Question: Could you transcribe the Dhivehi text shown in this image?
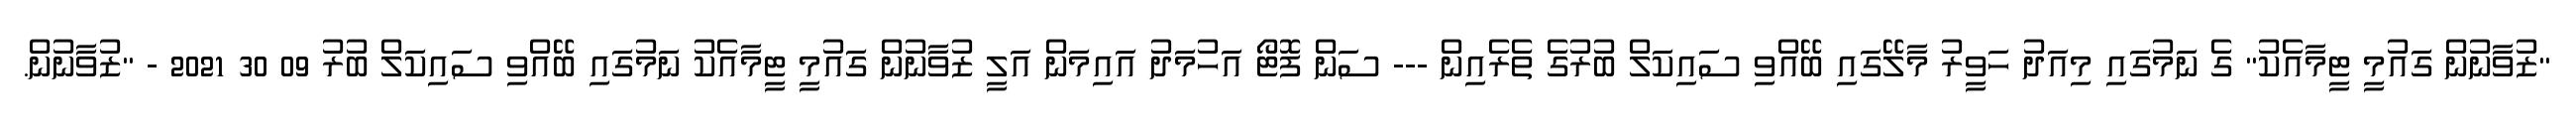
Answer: "ޒުވާނުން ގައުމީ ޓީމާއެކު" ގެ ނަމުގައި މިއަދު ހަވީރު މާލޭގައި ބޭއްވި ސައިކަލް ބުރުގެ ތެރެއިން --- ސަން ފޮޓޯ އަހުމަދު އައިމަން އަލީ ޒުވާނުން ގައުމީ ޓީމާއެކު ނަމުގައި ބޭއްވި ސައިކަލް ބުރު 09 30 2021 - "ޒުވާނުން.